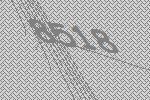
8518